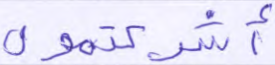
أشركتمون